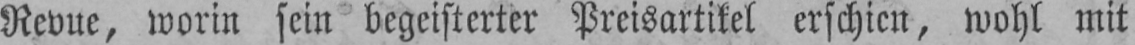
Revue, worin sein begeisterter Preisartikel erschien, wohl mit